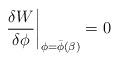
LaTeX: \begin{align*}\left.{\delta W\over{\delta \phi}}\right| _{\phi=\bar{\phi}(\beta)} =0\end{align*}